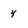
Character: 4